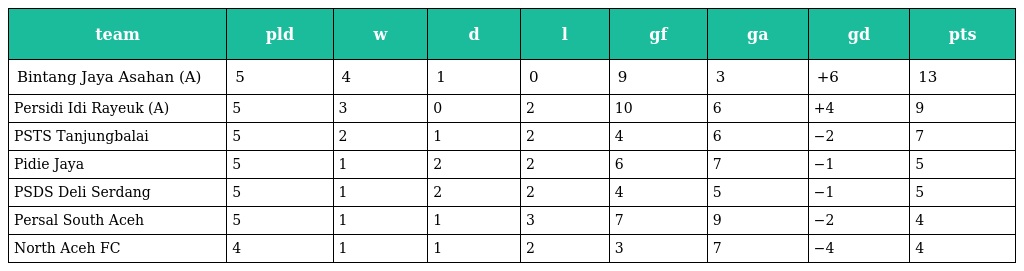
| team | pld | w | d | l | gf | ga | gd | pts |
 | --- | --- | --- | --- | --- | --- | --- | --- | --- |
 | Bintang Jaya Asahan (A) | 5 | 4 | 1 | 0 | 9 | 3 | +6 | 13 |
 | Persidi Idi Rayeuk (A) | 5 | 3 | 0 | 2 | 10 | 6 | +4 | 9 |
 | PSTS Tanjungbalai | 5 | 2 | 1 | 2 | 4 | 6 | −2 | 7 |
 | Pidie Jaya | 5 | 1 | 2 | 2 | 6 | 7 | −1 | 5 |
 | PSDS Deli Serdang | 5 | 1 | 2 | 2 | 4 | 5 | −1 | 5 |
 | Persal South Aceh | 5 | 1 | 1 | 3 | 7 | 9 | −2 | 4 |
 | North Aceh FC | 4 | 1 | 1 | 2 | 3 | 7 | −4 | 4 |